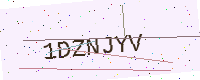
Text: 1DZNJYV